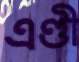
এণ্ডী